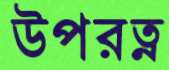
উপরত্ন